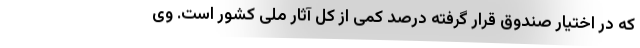
که در اختیار صندوق قرار گرفته درصد کمی از کل آثار ملی کشور است. وی